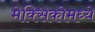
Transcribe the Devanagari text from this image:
मेक्‍सिकोमध्ये